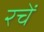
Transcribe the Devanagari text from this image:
रचें